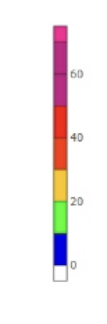
Blue: 0 to 10
Green: 10 to 20
Yellow: 20 to 30
Orange: 30 to 40
Red: 40 to 50
Magenta: 50 to 70
Pink: 70 to 75